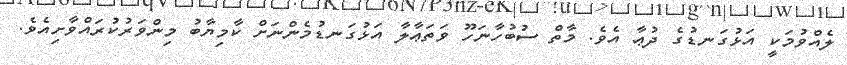
ލެއްވުމަކީ އަޅުގަނޑުގެ ދުޢާ އެވެ. މާތް ސުބުހާނަހޫ ވަތަޢާލާ އަޅުގަނޑުމެންނަށް ކާމިޔާބު މިންވަރުކުރައްވާށިއެވެ.